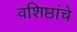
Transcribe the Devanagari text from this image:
वशिष्ठांचे